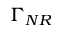
\Gamma _ { N R }